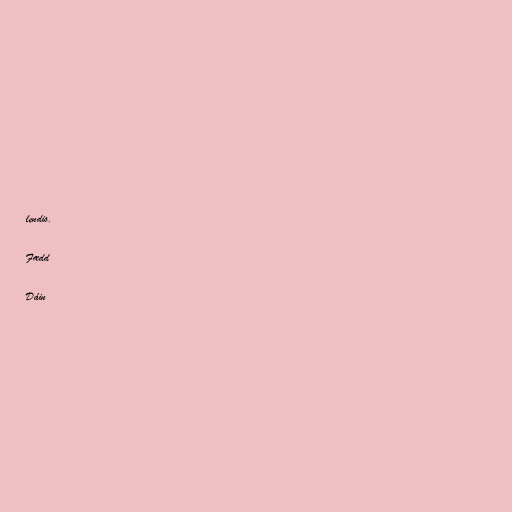
lendis.

Fædd

Dáin